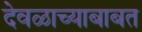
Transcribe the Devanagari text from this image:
देवळाच्याबाबत